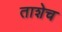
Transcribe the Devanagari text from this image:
ताशेच